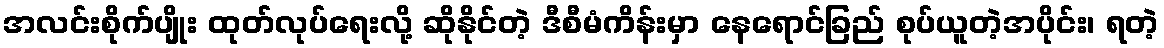
အလင်းစိုက်ပျိုး ထုတ်လုပ်ရေးလို့ ဆိုနိုင်တဲ့ ဒီစီမံကိန်းမှာ နေရောင်ခြည် စုပ်ယူတဲ့အပိုင်း၊ ရတဲ့